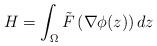
LaTeX: \begin{align*}H=\int_\Omega \tilde{F}\left(\nabla\phi(z)\right)dz\end{align*}